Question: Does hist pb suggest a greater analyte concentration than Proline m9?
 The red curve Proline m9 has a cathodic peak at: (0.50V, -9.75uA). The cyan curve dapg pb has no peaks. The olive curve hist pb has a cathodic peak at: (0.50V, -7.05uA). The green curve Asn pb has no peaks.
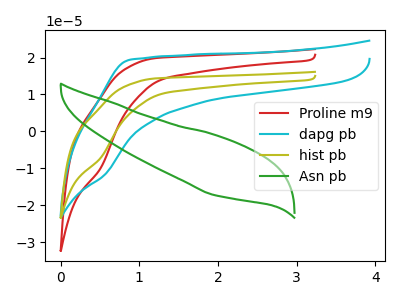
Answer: <think>All the peaks in "hist pb" have a peak in "Proline m9" at the same potential. Every peak in "hist pb" is lower than every peak in "Proline m9".
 </think>
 <answer>"hist pb" has less signal than "Proline m9".</answer>
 <eval>less_signal</eval>